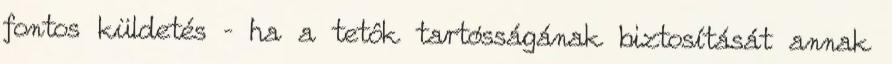
fontos küldetés – ha a tetôk tartósságának biztosítását annak